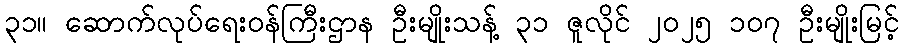
၃၁။ ဆောက်လုပ်ရေးဝန်ကြီးဌာန ဦးမျိုးသန့် ၃၁ ဇူလိုင် ၂၀၂၅ ၁၀၇ ဦးမျိုးမြင့်